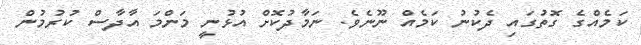
ކަމެއްގެ ގޮތުގައި ދެކުނު ކަމެއް ނޫނެވެ. ނަމާދުކޮށް އުޅުނީ މަންމަ އާދާސް ކުރުމުން